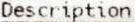
DESCRIPTION